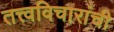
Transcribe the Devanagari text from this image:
तत्त्वविचारांची